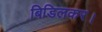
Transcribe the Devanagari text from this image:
बिडिलकर।